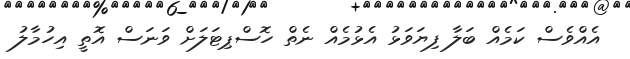
އެއްވެސް ކަމެއް ބަލާ ފިޔަވަޅު އެޅުމެއް ނެތް ހޮސްޕިޓަލަށް ވަނަސް އޮތީ އިހުމާލު